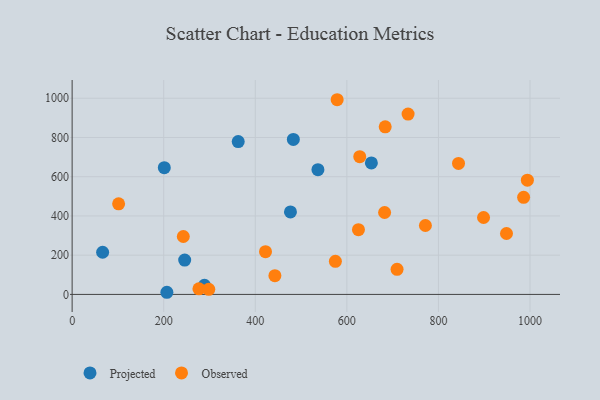
{"axis": {"x": "Speed", "y": "Salary"}, "legend": ["Observed", "Projected"], "data": [{"x": "362.7", "y": 779.0, "type": "Projected"}, {"x": "201.3", "y": 645.9, "type": "Projected"}, {"x": "653.5", "y": 670.2, "type": "Projected"}, {"x": "289.0", "y": 46.6, "type": "Projected"}, {"x": "536.8", "y": 635.8, "type": "Projected"}, {"x": "66.6", "y": 214.9, "type": "Projected"}, {"x": "476.8", "y": 420.5, "type": "Projected"}, {"x": "245.8", "y": 175.0, "type": "Projected"}, {"x": "483.1", "y": 790.1, "type": "Projected"}, {"x": "206.9", "y": 10.9, "type": "Projected"}, {"x": "276.9", "y": 28.7, "type": "Observed"}, {"x": "628.1", "y": 701.9, "type": "Observed"}, {"x": "771.5", "y": 351.2, "type": "Observed"}, {"x": "948.6", "y": 310.4, "type": "Observed"}, {"x": "683.7", "y": 854.3, "type": "Observed"}, {"x": "422.3", "y": 218.1, "type": "Observed"}, {"x": "578.8", "y": 992.4, "type": "Observed"}, {"x": "625.3", "y": 330.0, "type": "Observed"}, {"x": "574.9", "y": 168.9, "type": "Observed"}, {"x": "994.2", "y": 582.3, "type": "Observed"}, {"x": "298.4", "y": 26.0, "type": "Observed"}, {"x": "242.8", "y": 295.1, "type": "Observed"}, {"x": "843.8", "y": 667.8, "type": "Observed"}, {"x": "986.0", "y": 494.8, "type": "Observed"}, {"x": "101.5", "y": 461.6, "type": "Observed"}, {"x": "709.6", "y": 128.1, "type": "Observed"}, {"x": "733.7", "y": 919.1, "type": "Observed"}, {"x": "442.8", "y": 95.7, "type": "Observed"}, {"x": "682.4", "y": 417.6, "type": "Observed"}, {"x": "898.5", "y": 392.0, "type": "Observed"}]}